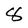
Character: 8